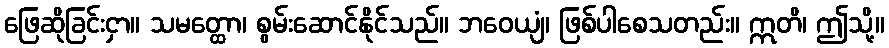
ဖြေဆိုခြင်းငှာ။ သမတ္ထော၊ စွမ်းဆောင်နိုင်သည်။ ဘဝေယျံ၊ ဖြစ်ပါစေသတည်း။ ဣတိ၊ ဤသို့။